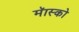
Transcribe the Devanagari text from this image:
मॅास्को